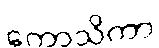
ကောသိကာ